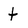
Character: t